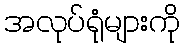
အလုပ်ရုံများကို